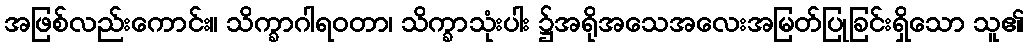
အဖြစ်လည်းကောင်း။ သိက္ခာဂါရဝတာ၊ သိက္ခာသုံးပါး ၌အရိုအသေအလေးအမြတ်ပြုခြင်းရှိသော သူ၏